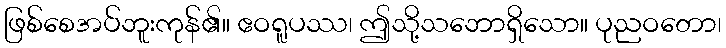
ဖြစ်စေအပ်ဘူးကုန်၏။ ဧဝရူပဿ၊ ဤသို့သဘောရှိသော။ ပုညဝတော၊